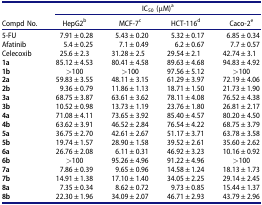
<table><thead><tr><td rowspan="2"><b>Compd No.</b></td><td colspan="4"><b>IC<sub>50</sub> (μM)<sup>a</sup></b></td></tr><tr><td><b>HepG2<sup>b</sup></b></td><td><b>MCF-7<sup>c</sup></b></td><td><b>HCT-116<sup>d</sup></b></td><td><b>Caco-2<sup>e</sup></b></td></tr></thead><tbody><tr><td>5-FU</td><td>7.91 ± 0.28</td><td>5.43 ± 0.20</td><td>5.32 ± 0.17</td><td>6.85 ± 0.34</td></tr><tr><td>Afatinib</td><td>5.4 ± 0.25</td><td>7.1 ± 0.49</td><td>6.2 ± 0.67</td><td>7.7 ± 0.57</td></tr><tr><td>Celecoxib</td><td>25.6 ± 2.3</td><td>31.28 ± 2.5</td><td>29.54 ± 2.1</td><td>42.74 ± 3.1</td></tr><tr><td><b>1a</b></td><td>85.12 ± 4.53</td><td>80.41 ± 4.58</td><td>89.63 ± 4.68</td><td>94.83 ± 4.92</td></tr><tr><td><b>1b</b></td><td>&gt;100</td><td>&gt;100</td><td>97.56 ± 5.12</td><td>&gt;100</td></tr><tr><td><b>2a</b></td><td>59.83 ± 3.55</td><td>48.11 ± 3.15</td><td>61.29 ± 3.97</td><td>72.19 ± 4.06</td></tr><tr><td><b>2b</b></td><td>9.36 ± 0.79</td><td>11.86 ± 1.13</td><td>18.71 ± 1.50</td><td>21.73 ± 1.90</td></tr><tr><td><b>3a</b></td><td>68.75 ± 3.87</td><td>63.61 ± 3.62</td><td>78.11 ± 4.08</td><td>76.52 ± 4.38</td></tr><tr><td><b>3b</b></td><td>10.52 ± 0.98</td><td>13.73 ± 1.19</td><td>23.76 ± 1.80</td><td>26.81 ± 2.17</td></tr><tr><td><b>4a</b></td><td>71.08 ± 4.11</td><td>73.65 ± 3.92</td><td>85.40 ± 4.57</td><td>80.20 ± 4.50</td></tr><tr><td><b>4b</b></td><td>63.62 ± 3.91</td><td>46.52 ± 2.84</td><td>76.54 ± 4.22</td><td>68.75 ± 3.79</td></tr><tr><td><b>5a</b></td><td>36.75 ± 2.70</td><td>42.61 ± 2.67</td><td>51.17 ± 3.71</td><td>63.78 ± 3.58</td></tr><tr><td><b>5b</b></td><td>19.74 ± 1.57</td><td>28.90 ± 1.58</td><td>39.52 ± 2.61</td><td>35.60 ± 2.62</td></tr><tr><td><b>6a</b></td><td>26.76 ± 2.08</td><td>6.11 ± 0.31</td><td>46.92 ± 3.23</td><td>10.16 ± 0.92</td></tr><tr><td><b>6b</b></td><td>&gt;100</td><td>95.26 ± 4.96</td><td>91.22 ± 4.96</td><td>&gt;100</td></tr><tr><td><b>7a</b></td><td>7.86 ± 0.39</td><td>9.65 ± 0.96</td><td>14.58 ± 1.24</td><td>18.13 ± 1.73</td></tr><tr><td><b>7b</b></td><td>14.91 ± 1.38</td><td>17.10 ± 1.40</td><td>34.05 ± 2.25</td><td>29.14 ± 2.45</td></tr><tr><td><b>8a</b></td><td>7.35 ± 0.34</td><td>8.62 ± 0.72</td><td>9.73 ± 0.85</td><td>15.44 ± 1.37</td></tr><tr><td><b>8b</b></td><td>22.30 ± 1.96</td><td>34.09 ± 2.07</td><td>46.71 ± 2.93</td><td>43.79 ± 2.96</td></tr></tbody></table>